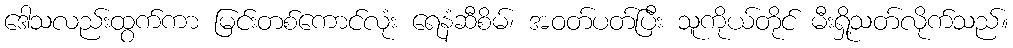
ဒေါသလည်းထွက်ကာ မြင်းတစ်ကောင်လုံး ရေနံဆီစိမ်၊ အဝတ်ပတ်ပြီး သူကိုယ်တိုင် မီးရှို့သတ်လိုက်သည်။